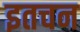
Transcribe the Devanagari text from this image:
इतचन